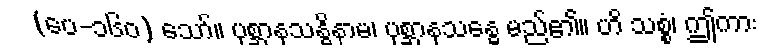
(ပေ-၁၆၀) သော်။ ပုစ္ဆာနုသန္ဓိနာမ၊ ပုစ္ဆာနုသန္ဓေ မည်၏။ ဟိ သစ္စံ၊ ဤကား